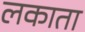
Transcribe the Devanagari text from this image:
लकाता